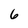
Character: 6